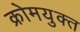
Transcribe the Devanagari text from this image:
क्रोमयुक्त